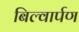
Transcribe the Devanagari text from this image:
बिल्वार्पण